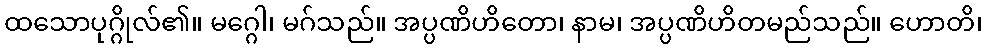
ထသောပုဂ္ဂိုလ်၏။ မဂ္ဂေါ၊ မဂ်သည်။ အပ္ပဏိဟိတော၊ နာမ၊ အပ္ပဏိဟိတမည်သည်။ ဟောတိ၊